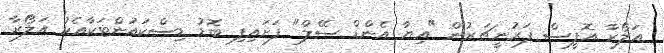
އަލޯރާ އޮފީސް ފަރުނީޗަރުން "އިޔާ އެންޑް ސޭލް" ފަށައިފި ބޮޑު ޑިސްކައުންޓަކާއެކު އަލޯރާ